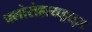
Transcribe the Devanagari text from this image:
फ्लोरोहायड्राइड